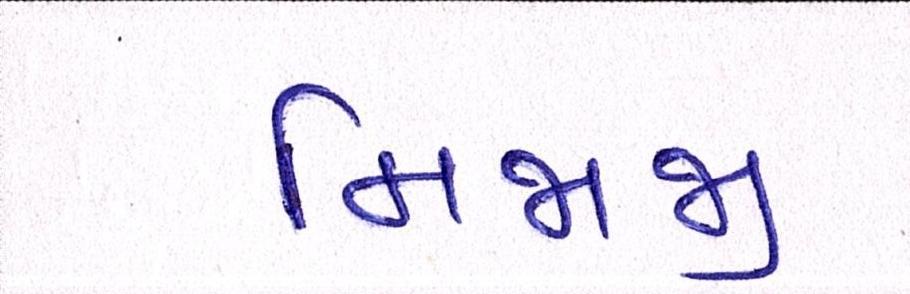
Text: મિજાજી